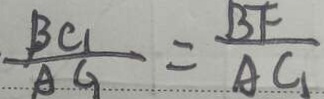
\frac { B G } { A G } = \frac { B F } { A G }